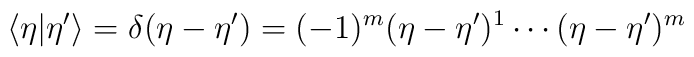
\langle\eta|\eta^{\prime}\rangle=\delta(\eta-\eta^{\prime})=(-1)^m(\eta-\eta^{\prime})^1\cdots(\eta-\eta^{\prime})^m